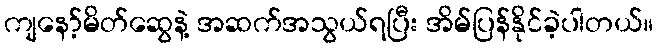
ကျနော့်မိတ်ဆွေနဲ့ အဆက်အသွယ်ရပြီး အိမ်ပြန်နိုင်ခဲ့ပါတယ်။